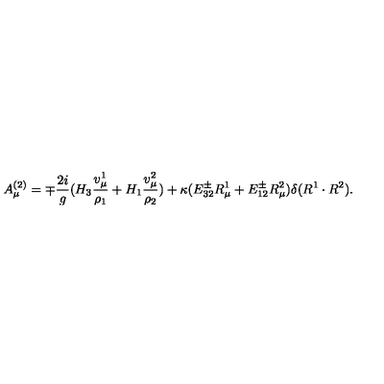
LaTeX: A _ { \mu } ^ { ( 2 ) } = \mp { \frac { 2 i } { g } } ( H _ { 3 } { \frac { v _ { \mu } ^ { 1 } } { \rho _ { 1 } } } + H _ { 1 } { \frac { v _ { \mu } ^ { 2 } } { \rho _ { 2 } } } ) + \kappa ( E _ { 3 2 } ^ { \pm } R _ { \mu } ^ { 1 } + E _ { 1 2 } ^ { \pm } R _ { \mu } ^ { 2 } ) \delta ( R ^ { 1 } \cdot R ^ { 2 } ) .